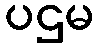
ပဌမ